Lunatic asylums Madras 1877-1891 - 1877-1891
Year: 1877
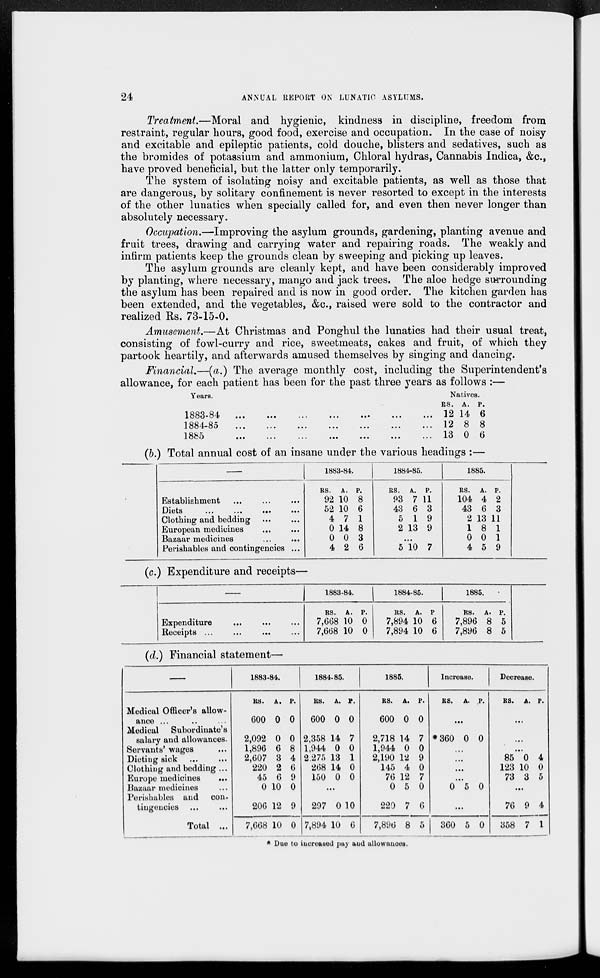
24
ANNUAL REPORT ON LUNATIC ASYLUMS.
Treatment.—Moral and hygienic, kindness in discipline, freedom from
restraint, regular hours, good food, exercise and occupation. In the case of noisy
and excitable and epileptic patients, cold douche, blisters and sedatives, such as
the bromides of potassium and ammonium, Chloral hydras, Cannabis Indica, &c.,
have proved beneficial, but the latter only temporarily.
The system of isolating noisy and excitable patients, as well as those that
are dangerous, by solitary confinement is never resorted to except in the interests
of the other lunatics when specially called for, and even then never longer than
absolutely necessary.
Occupation.—Improving the asylum grounds, gardening, planting avenue and
fruit trees, drawing and carrying water and repairing roads. The weakly and
infirm patients keep the grounds clean by sweeping and picking up leaves.
The asylum grounds are cleanly kept, and have been considerably improved
by planting, where necessary, mango and jack trees. The aloe hedge surrounding
the asylum has been repaired and is now in good order. The kitchen garden has
been extended, and the vegetables, &c., raised were sold to the contractor and
realized Rs. 73-15-0.
Amusement—At Christmas and Ponghul the lunatics had their usual treat,
consisting of fowl-curry and rice, sweetmeats, cakes and fruit, of which they
partook heartily, and afterwards amused themselves by singing and dancing.
Financial.—(a.) The average monthly cost, including the Superintendent's
allowance, for each patient has been for the past three years as follows :—
Years.
1883-84 ... ... ... ... ... ... ...
1884-85 ... ... ... ... ... ... ...
1885 ... ... ... ... ... ... ...
Natives.
RS.
12
12
13
A.
14
8
0
P.
6
8
6
(b.) Total annual cost of an insane under the various headings :—
—
Establishment ... ... ...
Diets
...
...
...
...
Clothing and bedding ... ...
European medicines ... ...
Bazaar medicines ... ...
Perishables and contingencies ...
1883-84.
RS.
92
52
4
0
0
4
A.
10
10
7
14
0
2
P.
8
6
1
8
3
6
1884-85.
RS.
93
43
5
2
A.
7
6
1
13
P.
11
3
9
9
...
5 10 7
1885.
RS.
104
43
2
1
0
4
A.
4
6
13
8
0
5
P.
2
3
11
1
1
9
(c.) Expenditure and receipts—
—
Expenditure ... ... ...
Receipts ...
...
...
1883-84.
RS.
7,668
7,668
A.
10
10
P.
0
0
1884-85.
RS.
7,894
7,894
A.
10
10
P
6
6
1885.
RS.
7,896
7,896
A.
8
8
P.
5
5
(d.) Financial statement—
—
Medical Officer's allow-
ance ... ... ...
Medical Subordinate's
salary and allowances.
Servants' wages ...
Dieting sick ... ...
Clothing and bedding...
Europe medicines
...
Bazaar medicines ...
Perishables and con-
tingenoies ... ...
Total ...
1883-84.
RS.
600
2,092
1,896
2,607
220
45
0
206
7,668
A.
0
0
6
3
2
6
10
12
10
P.
0
0
8
4
6
9
0
9
0
1884-85.
RS.
600
2,358
1,944
2,275
268
150
A.
0
14
0
13
14
0
P.
0
7
0
1
0
0
...
297
7,894
0
10
10
6
1885.
RS.
600
2,718
1,944
2,190
145
76
0
220
7,896
A.
0
14
0
12
4
12
5
7
8
P.
0
7
0
9
0
7
0
6
5
Increase.
RS. A. P.
...
*360 0 0
...
...
...
...
0 5 0
...
360 5 0
Decrease.
RS. A. P.
...
...
...
85
123
73
0
10
3
4
0
5
...
76
358
9
7
4
1
* Due to increased pay and allowances.